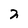
Character: 2